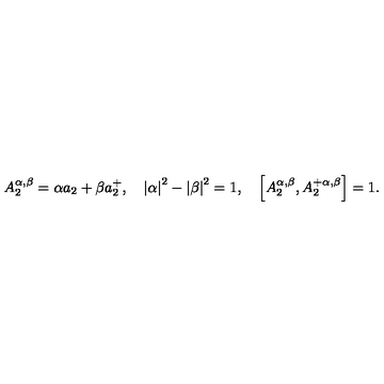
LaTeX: A _ { 2 } ^ { \alpha , \beta } = \alpha a _ { 2 } + \beta a _ { 2 } ^ { + } , \quad \left| \alpha \right| ^ { 2 } - \left| \beta \right| ^ { 2 } = 1 , \quad \left[ A _ { 2 } ^ { \alpha , \beta } , A _ { 2 } ^ { + \alpha , \beta } \right] = 1 .